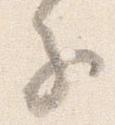
子